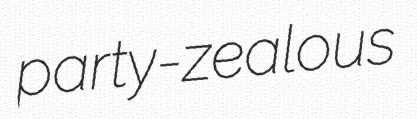
party-zealous